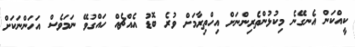
ކީއްކަން އެނގޭނެ މިކުޅުންތެރިންނަށް އިހްތިރާމަށް ވުރެ ބޮޑު އެއްޗެއް ހައްގުވޭ ނަމަވެސް އަހަންނަކަށް